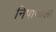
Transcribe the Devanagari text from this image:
निषाणाला